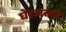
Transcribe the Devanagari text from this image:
घेरजस्तो